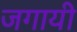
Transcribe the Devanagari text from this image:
जगायी